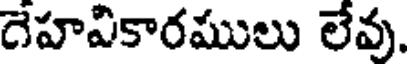
దేహవికారములు లేవు.